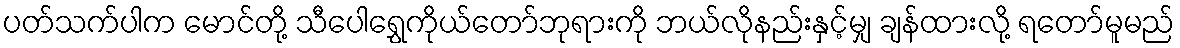
ပတ်သက်ပါက မောင်တို့ သီပေါရွှေကိုယ်တော်ဘုရားကို ဘယ်လိုနည်းနှင့်မျှ ချန်ထားလို့ ရတော်မူမည်